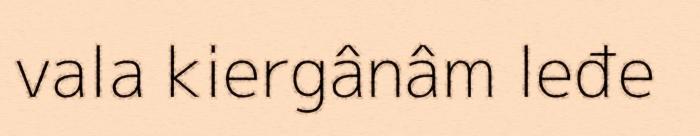
vala kiergânâm leđe